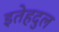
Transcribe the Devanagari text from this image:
इतेहदुल